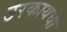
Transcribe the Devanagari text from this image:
उरकायची